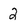
Character: 2